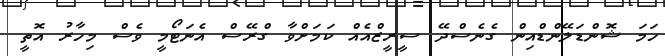
ހަމަ ޝޮންޑަލޭންޑްއިން ގެނެސްދޭ ސީރީޒްއެއް ކަމަށްވާ ގްރޭސް އެނަޓޯމީ ވެސް މިހާރު އޮތީ